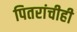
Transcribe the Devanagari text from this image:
पितरांचीही